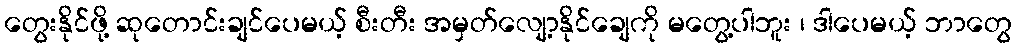
တွေးနိုင်ဖို့ ဆုတောင်းချင်ပေမယ့် စီးတီး အမှတ်လျော့နိုင်ချေကို မတွေ့ပါဘူး ၊ ဒါပေမယ့် ဘာတွေ